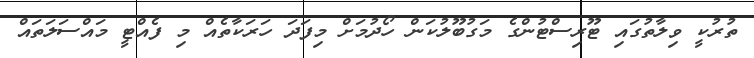
ތުރުކީ ވިލާތުގައި ޓޫރިސްޓުންގެ މަގުބޫލުކަން ހޯދުމަށް މިފަދަ ހަރަކާތެއް މި ފެއްޓީ މައްސަލަތައް